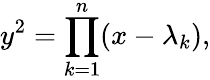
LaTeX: y^{2}=\prod_{k=1}^{n}(x-\lambda_{k}),